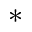
{ ^ * }